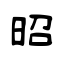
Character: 昭